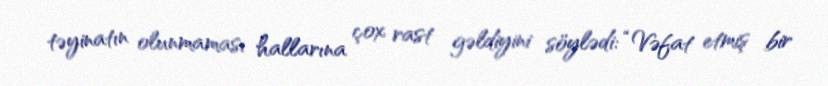
təyinatın olunmaması hallarına çox rast gəldiyini söylədi: “Vəfat etmiş bir